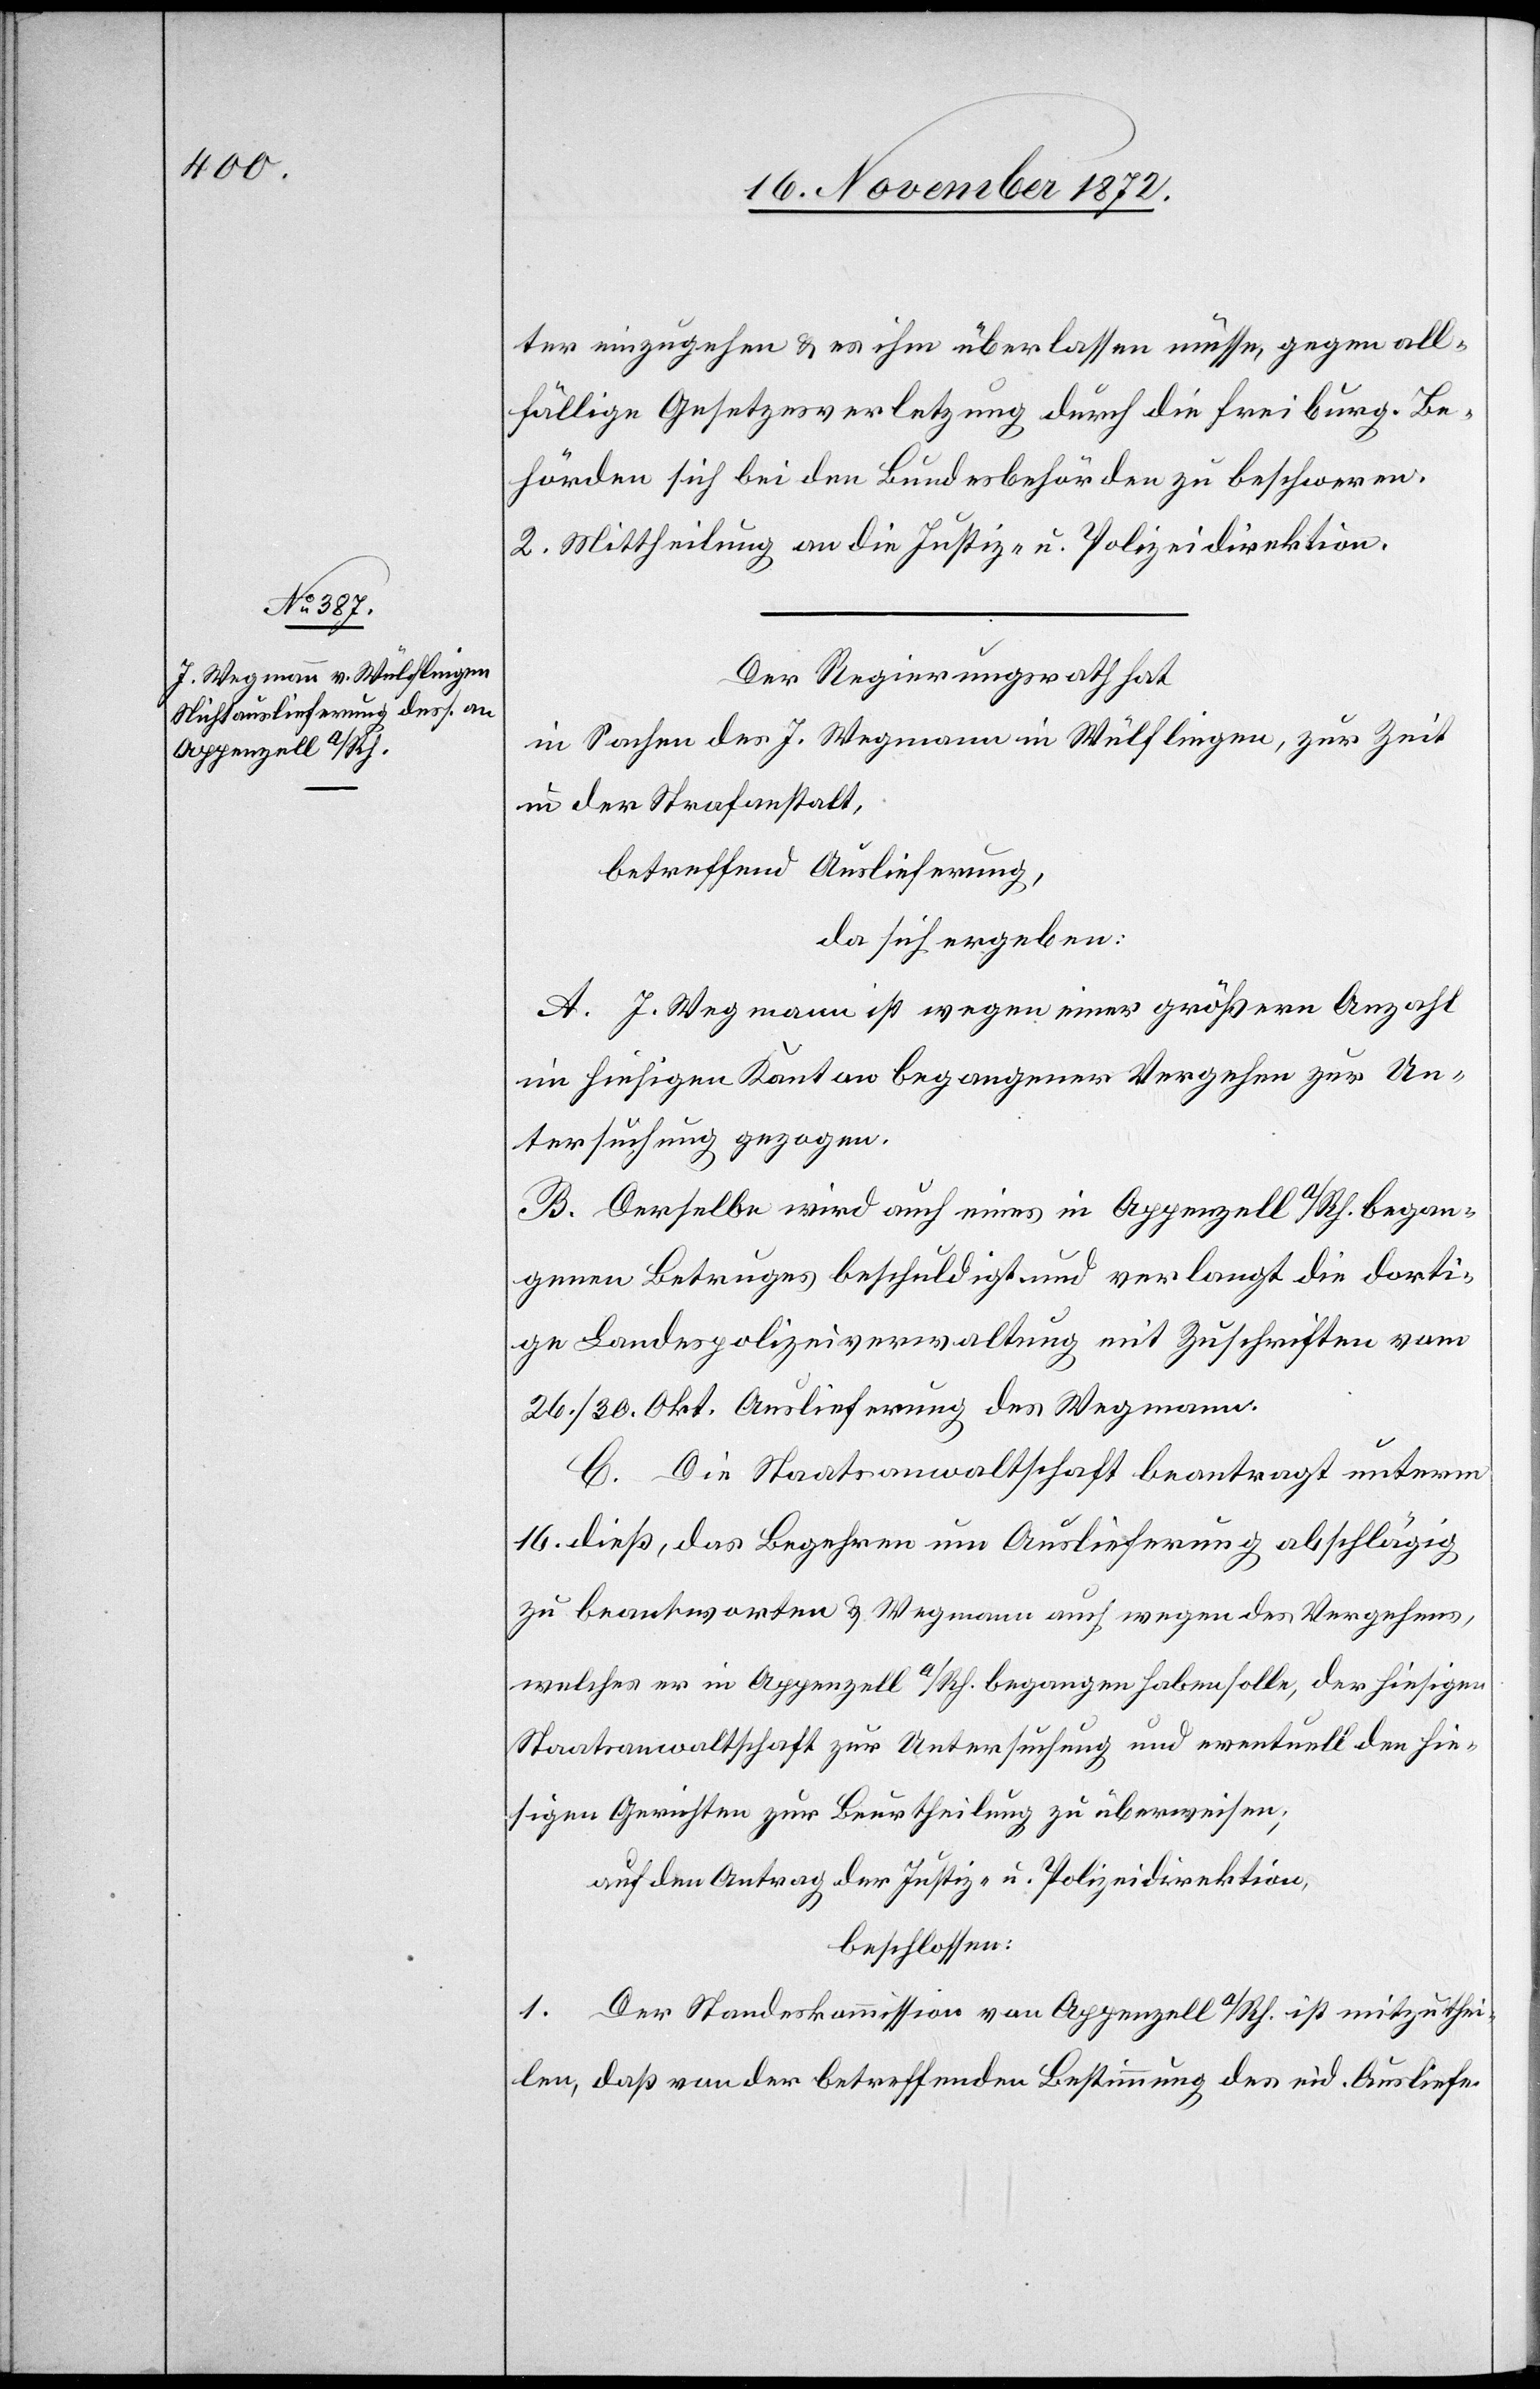
ter einzugehen u. es ihm überlassen müsse, gegen all¬
fällige Gesetzesverletzung durch die freiburg. Be¬
hörden sich bei den Bundesbehörden zu beschweren.
2. Mittheilung an die Justiz- u. Polizeidirektion.
Der Regierungsrath hat
in Sachen des J. Wegmann in Wülflingen, zur Zeit
in der Strafanstalt,
betreffend Auslieferung,
da sich ergeben:
A. J. Wegmann ist wegen einer größern Anzahl
im hiesigen Kanton begangener Vergehen zur Un¬
tersuchung gezogen.
B. Derselbe wird auch eines in Appenzell a/Rh. began¬
genen Betruges beschuldigt und verlangt die dorti¬
ge Landespolizeiverwaltung mit Zuschriften vom
26./30. Okt. Auslieferung des Wegmann.
C. Die Staatsanwaltschaft beantragt unterm
16. dieß, das Begehren um Auslieferung abschlägig
zu beantworten u. Wegmann auch wegen des Vergehens,
welches er in Appenzell a/Rh. begangen haben solle, der hiesigen
Staatsanwaltschaft zur Untersuchung und eventuell den hie¬
sigen Gerichten zur Beurtheilung zu überweisen;
auf den Antrag der Justiz- u. Polizeidirektion,
beschlossen:
1. Der Standeskommission von Appenzell a/Rh. ist mitzuthei¬
len, daß von der betreffenden Bestimmung des eid. Ausliefe-